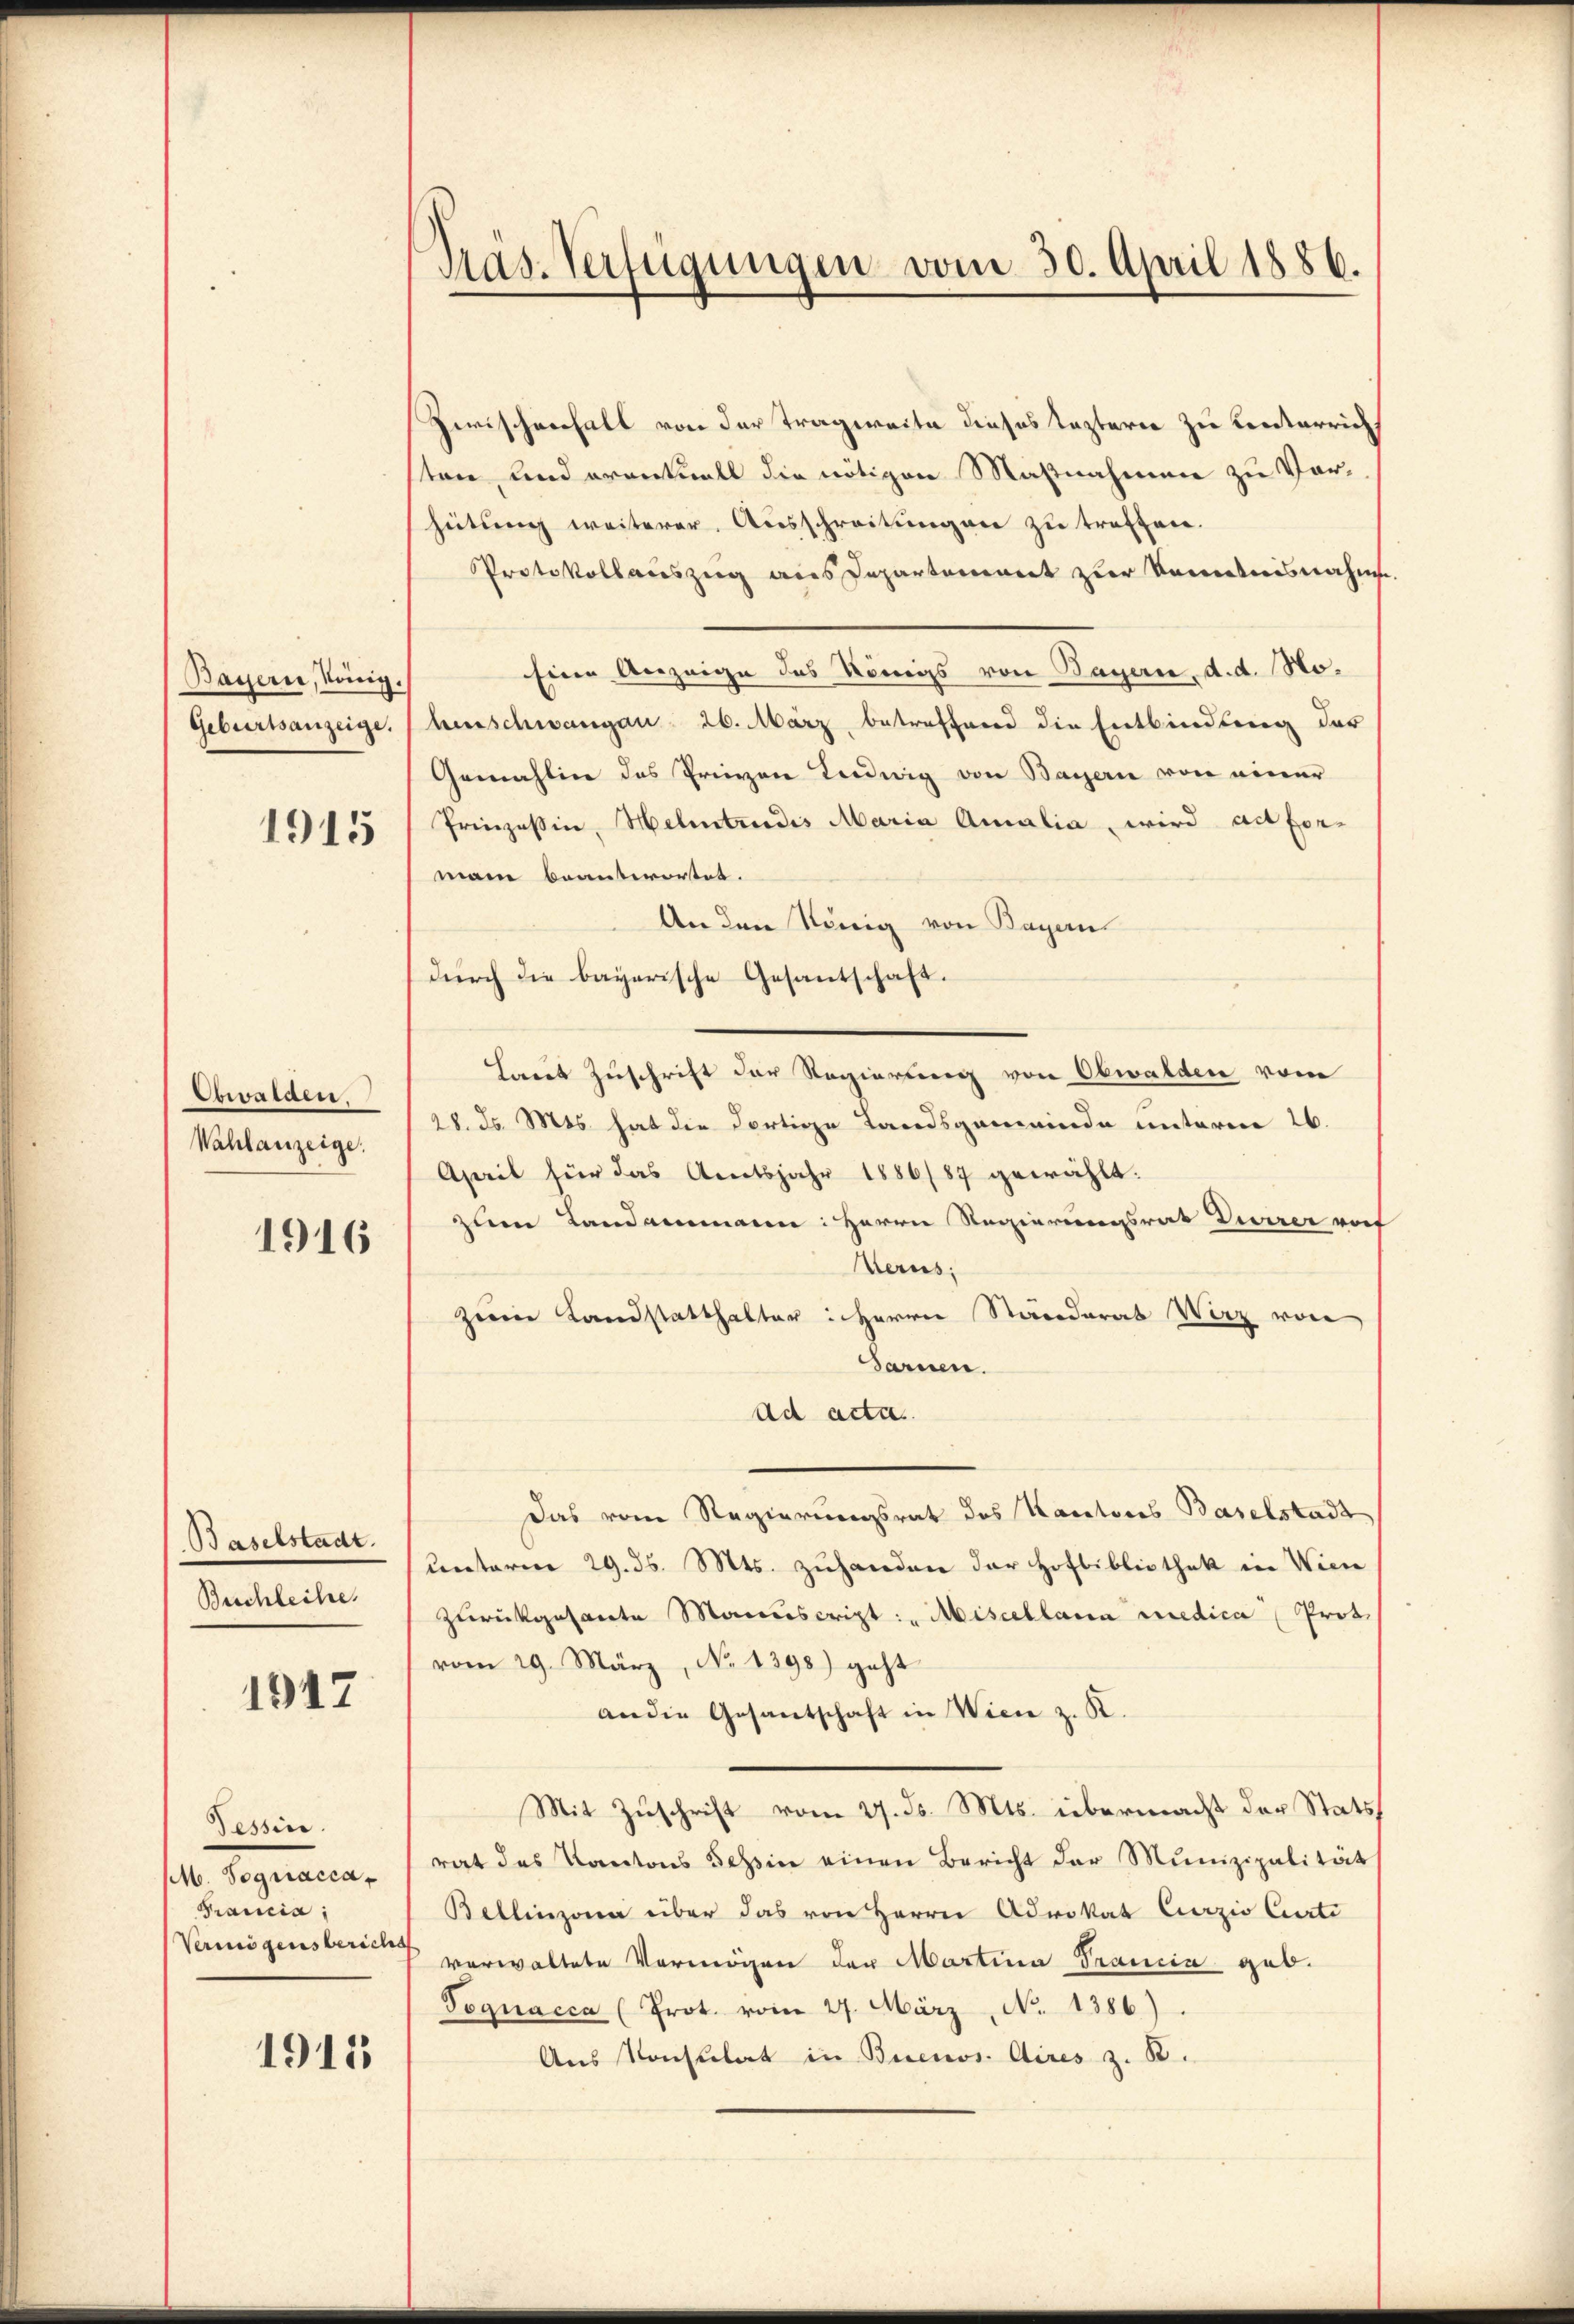
Bayern, König.
Geburtsanzeige.
1915

Obwalden.
Wahlanzeige

1916

Baselstadt.
Buchleihe

1947

Tessin.
M. Pognacca¬
Krancia;
Vermögensberich

1915

Präs. Verfügungen vom 30. April 1886.

Zwischenfall von der Tragweite dieses leztern zu Kenterrich
ten und eventuell die nötigen Maßnahmen zu Vorhütung weiterer Ausschreitungen zu treffen.
Protokollauszug aus Departement zur Kenntnisnahme
Eine Anzeige des Königs von Bayern, d. d. Noherrschwangen 26. März, betreffend die Entbindung der
Gemahlin des Prievon Ludwig von Bayern von einer
Prinzessin, Helentrudis Maria Amalia, wird alforman beantwortet.
An den König von Bayern
durch die bayerische Gesantschaft.
Laut Zuschrift der Regierung von Obwalden vom
28. ds. Mts. hat die dortige Landsgemeinde unterm 26.
April für das Amtsjahr 1886/87 gewählt.
zle Landammann: Herrn Regierungsrat Dürrer rof
Kerus.
zum Landstatthalter: Herrn Ständerat Wirz von
Sarnen.
ad acta.
Das vom Regierungsrat des Kantores Baselstadt
unterm 29. 35. Mts. zuhanden der Hofbibliothek in Wien
zurückgesante Manuscript: „Miscellana medica Prot.
vom 29. März, No 1398) geht
an die Gesantschaft in Wien z. R.
Mit Zuschrift vom 27. d. Mts. übermacht der Stats
rat des Kantons Tessin einen Bericht der Munizipalität
Bellinzona über das von Herrn Advokat Curzio Curti
verwaltete Vermögen der Martina Trancia geb.
Tognacca (Prot. vom 27. März, No 1386).
Aus Konsulat in Buenos Aires z. B.